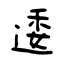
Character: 逶